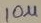
Text: 10µ